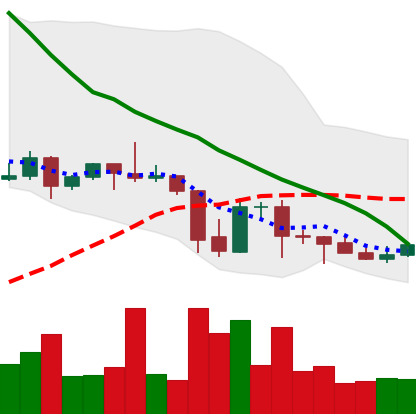
Ticker: DOGE-USD
Chart end date: 2021-09-30
Forward return: 23.39%
Label: up_7plus